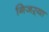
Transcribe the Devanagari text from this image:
गिजऱ्या